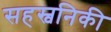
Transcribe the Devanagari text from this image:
सहस्वनिकी